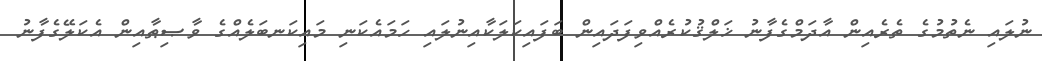
ނުލައި ނެތުމުގެ ތެރެއިން އާދަމްގެފާނު ޚަލްޤުކުރެއްވިފަދައިން ބަފައިކަލަކާއިނުލައި ހަމައެކަނި މައިކަނބަލެއްގެ ވާޞިޠާއިން އެކަލޭގެފާނު